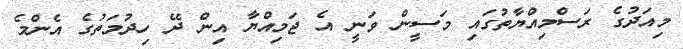
މިއަދުގެ ރަސްމިއްޔާތުގައި މަސީން ވަނީ އެ ޖަމިއްޔާ އިން ދޭ ހިދުމަތުގެ އެންމެ